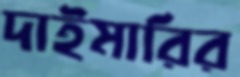
দাইমারির